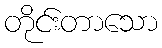
တိုင်းတာသော